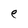
Character: e